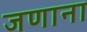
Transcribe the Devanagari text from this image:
जणाना